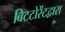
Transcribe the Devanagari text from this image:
बिटटोरेंटद्वारा